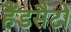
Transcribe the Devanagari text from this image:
हैंडसैटो